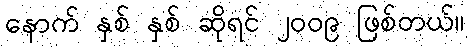
နောက် နှစ် နှစ် ဆိုရင် ၂၀၀၉ ဖြစ်တယ်။